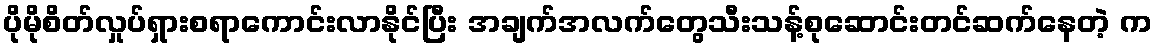
ပိုမိုစိတ်လှုပ်ရှားစရာကောင်းလာနိုင်ပြီး အချက်အလက်တွေသီးသန့်စုဆောင်းတင်ဆက်နေတဲ့ က